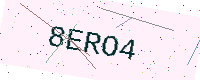
Text: 8ERO4